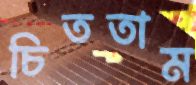
চিততাম